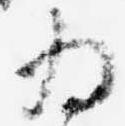
為